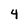
Character: 4